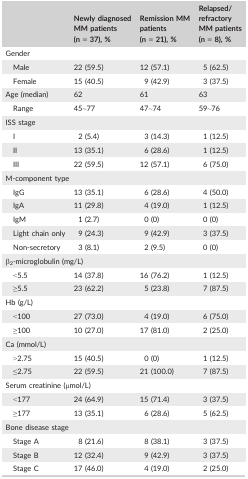
|  | Newly diagnosed MM patients (n = 37), % | Remission MM patients (n = 21), % | Relapsed/refractory MM patients (n = 8), % |
 | --- | --- | --- | --- |
 | <COLSPAN=4> Gender |
 | Male | 22 (59.5) | 12 (57.1) | 5 (62.5) |
 | Female | 15 (40.5) | 9 (42.9) | 3 (37.5) |
 | Age (median) | 62 | 61 | 63 |
 | Range | 45~77 | 47~74 | 59~76 |
 | <COLSPAN=4> ISS stage |
 | I | 2 (5.4) | 3 (14.3) | 1 (12.5) |
 | II | 13 (35.1) | 6 (28.6) | 1 (12.5) |
 | III | 22 (59.5) | 12 (57.1) | 6 (75.0) |
 | <COLSPAN=4> M‐component type |
 | IgG | 13 (35.1) | 6 (28.6) | 4 (50.0) |
 | IgA | 11 (29.8) | 4 (19.0) | 1 (12.5) |
 | IgM | 1 (2.7) | 0 (0) | 0 (0) |
 | Light chain only | 9 (24.3) | 9 (42.9) | 3 (37.5) |
 | Non‐secretory | 3 (8.1) | 2 (9.5) | 0 (0) |
 | <COLSPAN=4> β2‐microglobulin (mg/L) |
 | <5.5 | 14 (37.8) | 16 (76.2) | 1 (12.5) |
 | ≥5.5 | 23 (62.2) | 5 (23.8) | 7 (87.5) |
 | <COLSPAN=4> Hb (g/L) |
 | <100 | 27 (73.0) | 4 (19.0) | 6 (75.0) |
 | ≥100 | 10 (27.0) | 17 (81.0) | 2 (25.0) |
 | <COLSPAN=4> Ca (mmol/L) |
 | >2.75 | 15 (40.5) | 0 (0) | 1 (12.5) |
 | ≤2.75 | 22 (59.5) | 21 (100.0) | 7 (87.5) |
 | <COLSPAN=4> Serum creatinine (μmol/L) |
 | <177 | 24 (64.9) | 15 (71.4) | 3 (37.5) |
 | ≥177 | 13 (35.1) | 6 (28.6) | 5 (62.5) |
 | <COLSPAN=4> Bone disease stage |
 | Stage A | 8 (21.6) | 8 (38.1) | 3 (37.5) |
 | Stage B | 12 (32.4) | 9 (42.9) | 3 (37.5) |
 | Stage C | 17 (46.0) | 4 (19.0) | 2 (25.0) |